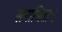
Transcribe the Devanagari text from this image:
समाश्रिताः।